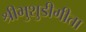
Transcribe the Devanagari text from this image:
श्रीभुशुडीगीता